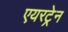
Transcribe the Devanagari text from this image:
एयरट्रेन